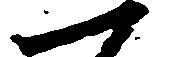
一